Note on the mental hospitals in Burma - 1925-1940
Year: 1925
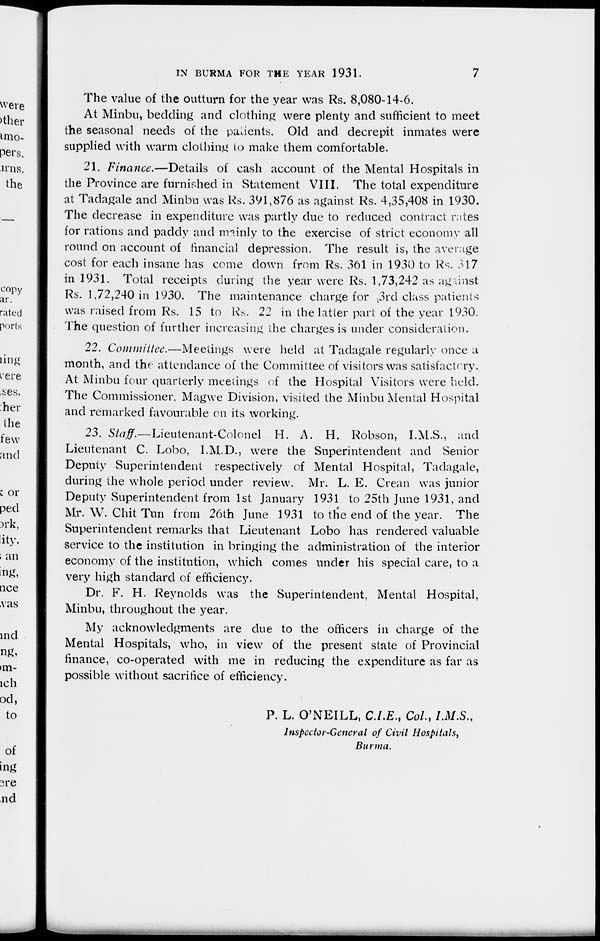
IN BURMA FOR THE YEAR 1931.
7
The value of the outturn for the year was Rs. 8,080-14-6.
At Minbu, bedding and clothing were plenty and sufficient to meet
the seasonal needs of the patients. Old and decrepit inmates were
supplied with warm clothing to make them comfortable.
21. Finance.—Details of cash account of the Mental Hospitals in
the Province are furnished in Statement VIII. The total expenditure
at Tadagale and Minbu was Rs. 391,876 as against Rs. 4,35,408 in 1930.
The decrease in expenditure was partly due to reduced contract rates
for rations and paddy and mainly to the exercise of strict economy all
round on account of financial depression. The result is, the average
cost for each insane has come down from Rs. 361 in 1930 to Rs. 317
in 1931. Total receipts during the year were Rs. 1,73,242 as against
Rs. 1,72,240 in 1930. The maintenance charge for 3rd class patients
was raised from Rs. 15 to Rs. 22 in the latter part of the year 1930.
The question of further increasing the charges is under consideration.
22. Committee.—Meetings were held at Tadagale regularly once a
month, and the attendance of the Committee of visitors was satisfactory.
At Minbu four quarterly meetings of the Hospital Visitors were held.
The Commissioner, Magwe Division, visited the Minbu Mental Hospital
and remarked favourable on its working.
23. Staff.—Lieutenant-Colonel
H. A. H. Robson, I.M.S., and
Lieutenant C. Lobo, I.M.D., were the Superintendent and Senior
Deputy Superintendent respectively of Mental Hospital, Tadagale,
during the whole period under review. Mr. L. E. Crean was junior
Deputy Superintendent from 1st January 1931 to 25th June 1931, and
Mr. W. Chit Tun from 26th June 1931 to the end of the year. The
Superintendent remarks that Lieutenant Lobo has rendered valuable
service to the institution in bringing the administration of the interior
economy of the institution, which comes under his special care, to a
very high standard of efficiency.
Dr. F. H. Reynolds was the Superintendent, Mental Hospital,
Minbu, throughout the year.
My acknowledgments are due to the officers in charge of the
Mental Hospitals, who, in view of the present state of Provincial
finance, co-operated with me in reducing the expenditure as far as
possible without sacrifice of efficiency.
P. L. O'NEILL, C.I.E., Col., I.M.S.,
Inspector-General of Civil Hospitals,
Burma.